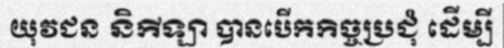
យុវជន និកីឡា បានបើកកិច្ចប្រជុំ ដើម្បី